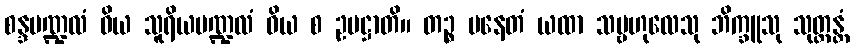
စန္ဒမဏ္ဍလံ ဝိယ သူရိယမဏ္ဍလံ ဝိယ စ ဥပဋ္ဌာတိ။ တဉ္စ ပနေတံ ယထာ သမ္ဗဟုလေသု ဘိက္ခူသု သုတ္တန္တံ